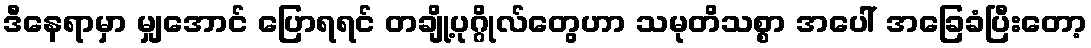
ဒီနေရာမှာ မျှအောင် ပြောရရင် တချို့ပုဂ္ဂိုလ်တွေဟာ သမုတိသစ္စာ အပေါ် အခြေခံပြီးတော့